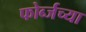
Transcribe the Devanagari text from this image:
फोर्ब्जच्या